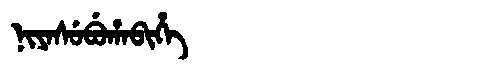
Manchu: ᠨᡳᠶᠠᠰᡠᠪᡠᡥᠠᠪᡳᡥᡝ
Romanization: NIYASUBUHABIHE